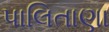
પાલિતાણા